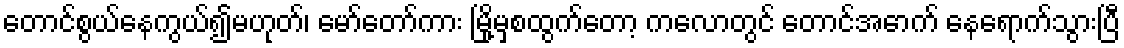
တောင်စွယ်နေကွယ်၍မဟုတ်၊ မော်တော်ကား မြို့မှစထွက်တော့ ကလောတွင် တောင်အောက် နေရောက်သွားပြီ